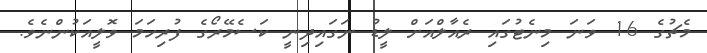
މެޗުގެ 16 ވަނަ މިނެޓުގައި ރެއާލްއަށް ލީޑު ނަގައިދިނީ ކަސެމޭރޯގެ ފުރިހަމަ ވޮލީއަކުންނެވެ.